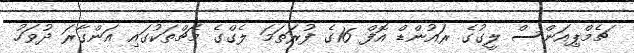
ޗެމްޕިއަންސް ލީގުގެ ރައުންޑް އޮފް 16ގެ ފުރަތަމަ ލެގްގެ މެޗްތަކުގައި އަންގާރަ ދުވަހު